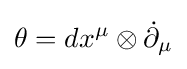
\theta =dx^{\mu }\otimes {\dot {\partial }}_{\mu }